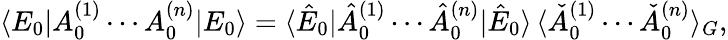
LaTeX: \langle E_{0}|A_{0}^{(1)}\cdots A_{0}^{(n)}|E_{0}\rangle=\langle\hat{E}_{0}|\hat{A}_{0}^{(1)}\cdots\hat{A}_{0}^{(n)}|\hat{E}_{0}\rangle\, \langle\check{A}_{0}^{(1)}\cdots\check{A}_{0}^{(n)}\rangle_{G},